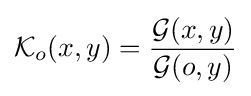
{\mathcal {K}}_{o}(x,y)={\frac {{\mathcal {G}}(x,y)}{{\mathcal {G}}(o,y)}}